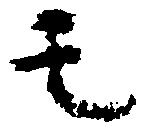
モ